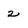
Character: 2